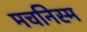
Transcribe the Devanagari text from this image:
मचनिस्म